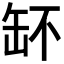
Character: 𦈧